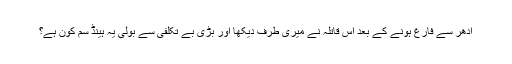
ادھر سے فارغ ہونے کے بعد اس قاتلہ نے میری طرف دیکھا اور بڑی بے تکلفی سے بولی یہ ہینڈ سم کون ہے؟